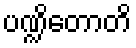
ပဏ္ဍိတောတိ